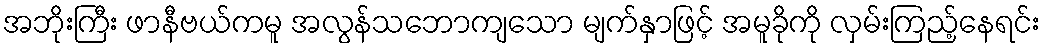
အဘိုးကြီး ဖာနီဗယ်ကမူ အလွန်သဘောကျသော မျက်နှာဖြင့် အမူခိုကို လှမ်းကြည့်နေရင်း